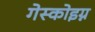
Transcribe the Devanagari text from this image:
गेस्कोइग्न